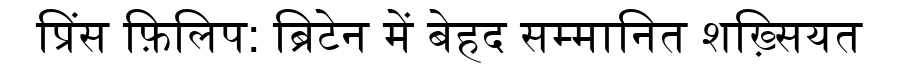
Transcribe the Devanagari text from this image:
प्रिंस फ़िलिप: ब्रिटेन में बेहद सम्मानित शख़्सियत